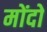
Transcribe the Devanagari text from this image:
मोंदो